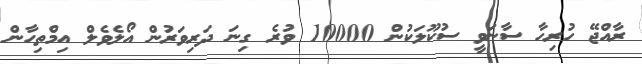
ރާއްޖޭ ހުރިހާ ސާނަވީ ސުކޫލަކުން 10000 ވުރެ ގިނަ ދަރިވަރުން އޯލެވެލް އިމްތިހާން